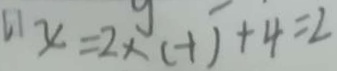
x = 2 \times ( - 1 ) + 4 = 2